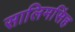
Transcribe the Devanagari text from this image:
सालिमसिंह